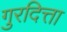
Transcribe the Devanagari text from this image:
गुरदित्ता